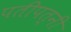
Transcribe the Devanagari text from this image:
पतीपत्नी